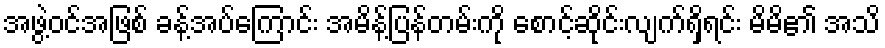
အဖွဲ့ဝင်အဖြစ် ခန့်အပ်ကြောင်း အမိန့်ပြန်တမ်းကို စောင့်ဆိုင်းလျက်ရှိရင်း မိမိ၏ အသိ